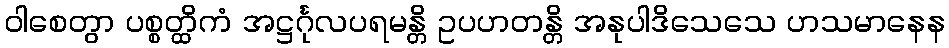
ဝါစေတွာ ပစ္စတ္ထိကံ အဋ္ဌင်္ဂုလပရမန္တိ ဥပဟတန္တိ အနုပါဒိသေသေ ဟသမာနေန